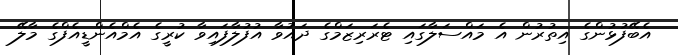
އެބޭފުޅުންގެ އިތުރުން އެ މައްސަލާގައި ޓެރަރިޒަމްގެ ދައުވާ އުފުލާފައިވާ ކުރީގެ އެމްއެންޑީއެފްގެ މާލޭ